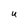
Character: U